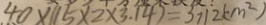
4 0 \times ( 1 5 \times 2 \times 3 . 1 4 ) = 3 7 1 2 ( c m ^ { 2 } )